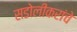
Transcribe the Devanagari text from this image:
सडोलीकरांचे